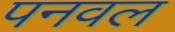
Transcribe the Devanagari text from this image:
पनवल